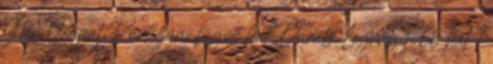
Név Csapat Pontszám fogott hal Darab Legnagyobb hal 1